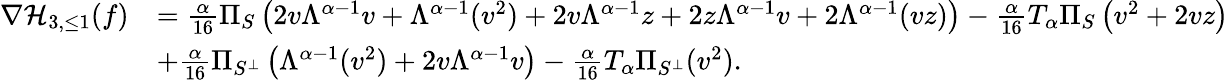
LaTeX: \begin{array}{rl}{\nabla\mathcal{H}_{3,\le 1}(f)}&{=\frac{\alpha}{16}\Pi_{S}\left(2v\Lambda^{\alpha-1}v+\Lambda^{\alpha-1}(v^{2})+2v\Lambda^{\alpha-1}z+2z\Lambda^{\alpha-1}v+2\Lambda^{\alpha-1}(vz)\right)-\frac{\alpha}{16}T_{\alpha}\Pi_{S}\left(v^{2}+2vz\right)}\\ &{+\frac{\alpha}{16}\Pi_{S^{\perp}}\left(\Lambda^{\alpha-1}(v^{2})+2v\Lambda^{\alpha-1}v\right)-\frac{\alpha}{16}T_{\alpha}\Pi_{S^{\perp}}(v^{2}).}\end{array}